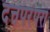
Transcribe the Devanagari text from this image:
दत्तपरंपरा